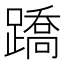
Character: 蹻